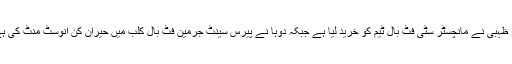
ابو ظہبی نے مانچسٹر سٹی فٹ بال ٹیم کو خرید لیا ہے جبکہ دوہا نے پیرس سینٹ جرمین فٹ بال کلب میں حیران کن انوسٹ منٹ کی ہے۔